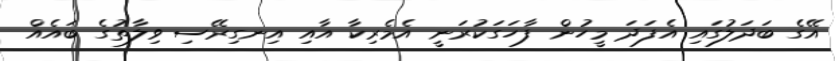
އޭގެ ބަދަލުގައި އެފަދަ މީހުން ފާހަގަކުރަނީ އެމެރިކާ އާއި އިނގިރޭސި ވިލާތުގެ ބައެއް